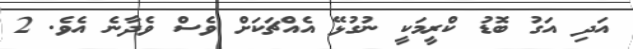
އަދި އަގު ބޮޑު ކްރީމަކީ ނުގުޅޭ އެއްޗަކަށް ވެސް ވެދާނެ އެވެ. 2